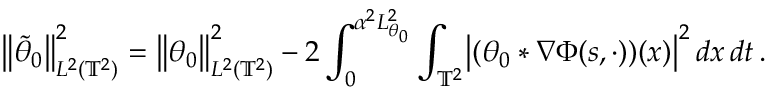
\bigl \| \tilde { \theta } _ { 0 } \bigr \| _ { L ^ { 2 } ( \ensuremath { \mathbb { T } } ^ { 2 } ) } ^ { 2 } = \bigl \| \theta _ { 0 } \bigr \| _ { L ^ { 2 } ( \ensuremath { \mathbb { T } } ^ { 2 } ) } ^ { 2 } - 2 \int _ { 0 } ^ { \alpha ^ { 2 } L _ { \theta _ { 0 } } ^ { 2 } } \int _ { \ensuremath { \mathbb { T } } ^ { 2 } } \bigl | ( \theta _ { 0 } \ast \nabla \Phi ( s , \cdot ) ) ( x ) \bigr | ^ { 2 } \, d x \, d t \, .